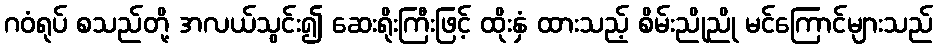
ဂဝံရုပ် စသည်တို့ အလယ်သွင်း၍ ဆေးရိုးကြီးဖြင့် ထိုးနှံ ထားသည့် စိမ်းညိုညို မင်ကြောင်များသည်